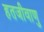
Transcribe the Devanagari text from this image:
हतजीवाणु